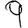
Digit: 9